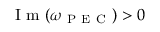
\mathrm { ~ I ~ m ~ } ( \omega _ { \mathrm { ~ P ~ E ~ C ~ } } ) > 0